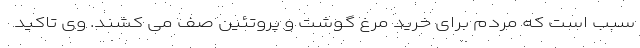
سبب است که مردم برای خرید مرغ گوشت و پروتئین صف می کشند. وی تاکید